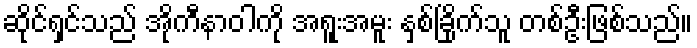
ဆိုင်ရှင်သည် အိုကီနာဝါကို အရူးအမူး နှစ်ခြိုက်သူ တစ်ဦးဖြစ်သည်။